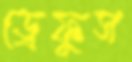
ড্রেফুস